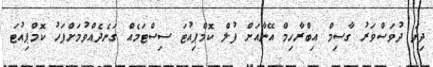
ދިޔަ ދުވަސްވަރު ގާސިމް އިބްރާހިމް އޭނާއަށް ފުލް ކޮމްޕިއުޓަ ސިސްޓަމެއް ގަނެދެއްވުމަށްފަހު ކޮމްޕިއުޓަ